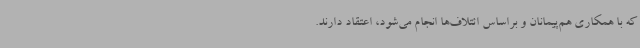
که با همکاری هم‌پیمانان و براساس ائتلاف‌ها انجام می‌شود، اعتقاد دارند.